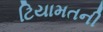
ટિયામતની